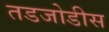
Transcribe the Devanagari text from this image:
तडजोडीस